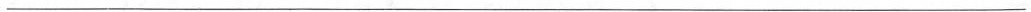
___